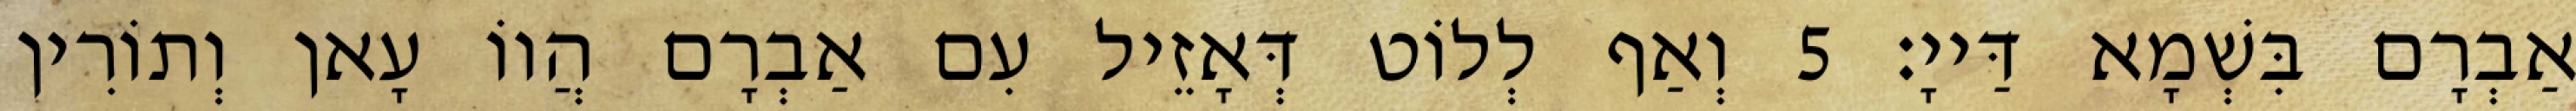
אַבְרָם בִּשְׁמָא דַּייָ׃ 5 וְאַף לְלוֹט דְּאָזֵיל עִם אַבְרָם הֲווֹ עָאן וְתוֹרִין